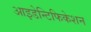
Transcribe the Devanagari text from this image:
आइडेन्टिफिकेशन